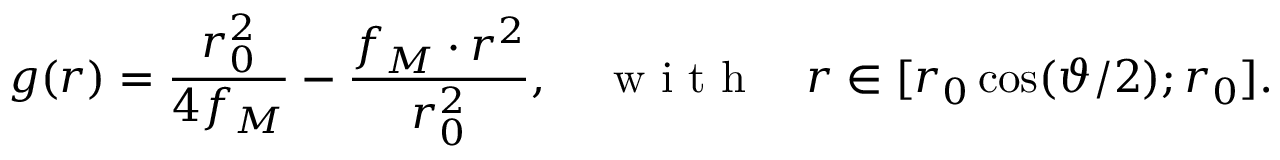
g ( r ) = \frac { r _ { 0 } ^ { 2 } } { 4 f _ { M } } - \frac { f _ { M } \cdot r ^ { 2 } } { r _ { 0 } ^ { 2 } } , ~ ~ ~ \mathrm { ~ w ~ i ~ t ~ h ~ } ~ ~ ~ r \in [ r _ { 0 } \cos ( \vartheta / 2 ) ; r _ { 0 } ] .